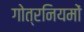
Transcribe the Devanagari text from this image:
गोत्रनियमों